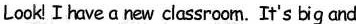
Look Ihave a new classroom. It's big and